Plague in India, 1896, 1897 - Volume 3
Year: 1896
Disease focus: Plague
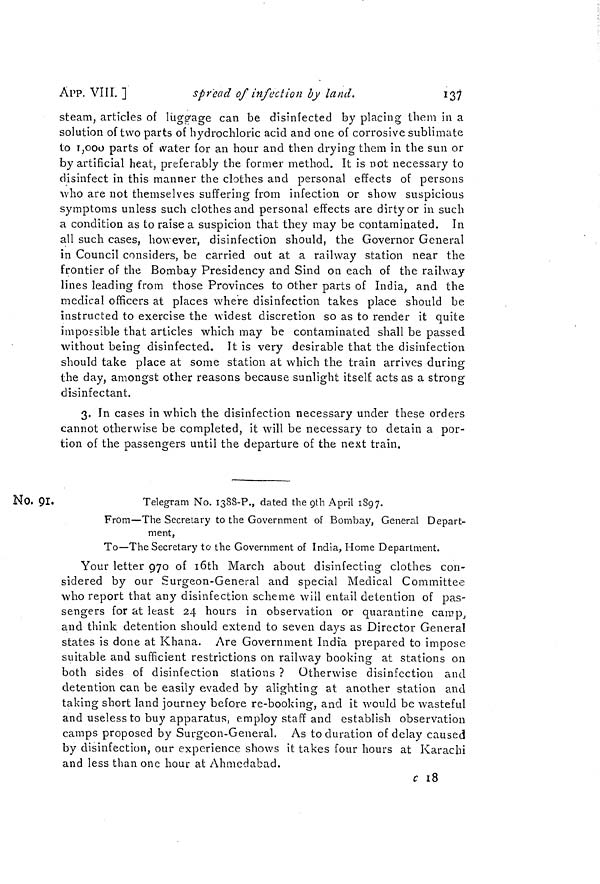
APP. VIII. ]
spread of infection by land.
137
steam, articles of luggage can be disinfected by placing them in a
solution of two parts of hydrochloric acid and one of corrosive sublimate
to 1,000 parts of water for an hour and then drying them in the sun or
by artificial heat, preferably the former method. It is not necessary to
disinfect in this manner the clothes and personal effects of persons
•who are not themselves suffering from infection or show suspicious
symptoms unless such clothes and personal effects are dirty or in such
a condition as to raise a suspicion that they may be contaminated. In
all such cases, however, disinfection should, the Governor General
in Council considers, be carried out at a railway station near the
frontier of the Bombay Presidency and Sind on each of the railway
lines leading from those Provinces to other parts of India, and the
medical officers at places where disinfection takes place should be
instructed to exercise the widest discretion so as to render it quite
impossible that articles which may be contaminated shall be passed
without being disinfected. It is very desirable that the disinfection
should take place at some station at which the train arrives during
the day, amongst other reasons because sunlight itself acts as a strong
disinfectant.
3. In cases in which the disinfection necessary under these orders
cannot otherwise be completed, it will be necessary to detain a por-
tion of the passengers until the departure of the next train.
No, 91.
Telegram No. 1388-?., dated the gth April 1897.
From—The Secretary to the Government of Bombay, General Depart-
ment,
To—The Secretary to the Government of India, Home Department.
Your letter 970 of loth March about disinfecting clothes con-
sidered by our Surgeon-General and special Medical Committee
who report that any disinfection scheme will entail detention of pas-
sengers for at least 24 hours in observation or quarantine camp,
and think detention should extend to seven days as Director General
states is done at Khana. Are Government India prepared to impose
suitable and sufficient restrictions on railway booking at stations on
both sides of disinfection stations ? Otherwise disinfection and
detention can be easily evaded by alighting at another station and
taking short land journey before re-booking, and it would be wasteful
and useless to buy apparatus, employ staff and establish observation
camps proposed by Surgeon-General. As to duration of delay caused
by disinfection, our experience shows it takes four hours at Karachi
and less than one hour at Ahmedabad.
c 18